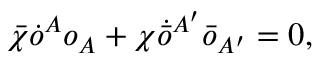
\bar { \chi } \dot { o } ^ { A } o _ { A } + \chi \dot { \bar { o } } { } ^ { A ^ { \prime } } \bar { o } _ { A ^ { \prime } } = 0 ,